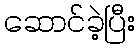
ဆောင်ခဲ့ပြီး